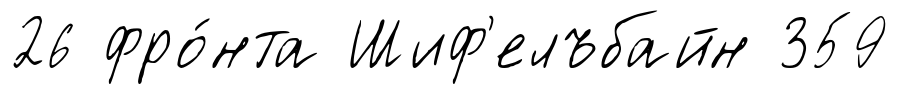
26 фро́нта Шиф'елъбайн 359